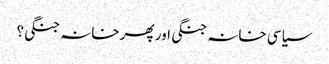
سیاسی خانہ جنگی اور پھر خانہ جنگی؟